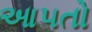
આ૫તો